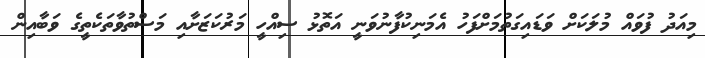
މިއަދު ފުވައް މުލަކަށް ވަޑައިގަތުމަށްފަހު އެމަނިކުފާނުވަނީ އަތޮޅު ސިއްހީ މަރުކަޒަށާއި މަސްތުވާތަކެތީގެ ވަބާއިން